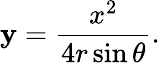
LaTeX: \mathbf{y}={\frac{{x^{2}}}{{4r\sin\theta}}}.